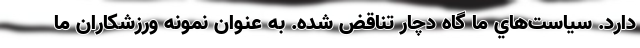
دارد. سياست‌هاي ما گاه دچار تناقض شده. به عنوان نمونه ورزشکاران ما